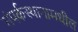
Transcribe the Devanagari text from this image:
संपर्कस्थानामधील